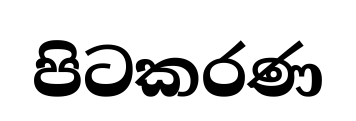
පිටකරණ